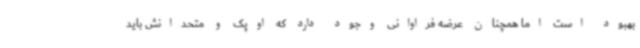
بهبود است اما همچنان عرضه فراوانی وجود دارد که اوپک و متحدانش باید